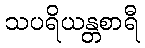
သပရိယန္တစာရီ